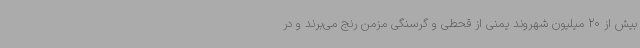
بیش از 20 میلیون شهروند یمنی از قحطی و گرسنگی مزمن رنج می‌برند و در